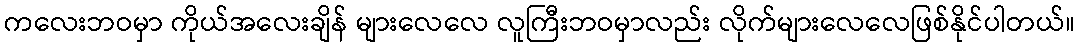
ကလေးဘဝမှာ ကိုယ်အလေးချိန် များလေလေ လူကြီးဘဝမှာလည်း လိုက်များလေလေဖြစ်နိုင်ပါတယ်။